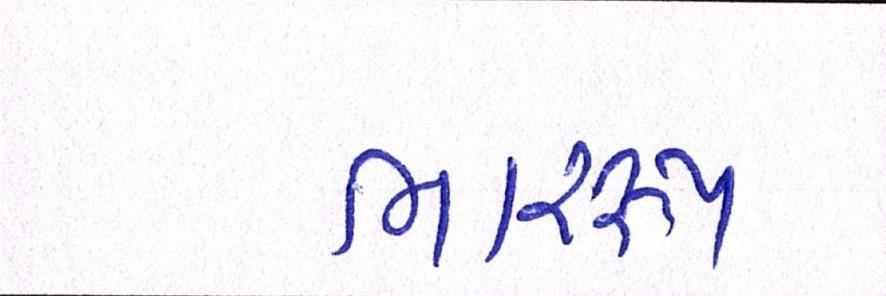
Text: ભારરૂપ